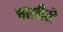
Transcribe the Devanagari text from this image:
चालीसे